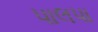
પાલપા